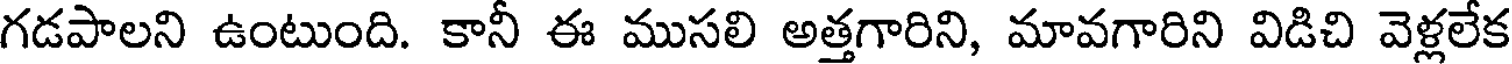
గడపాలని ఉంటుంది. కానీ ఈ ముసలి అత్తగారిని, మావగారిని విడిచి వెళ్లలేక